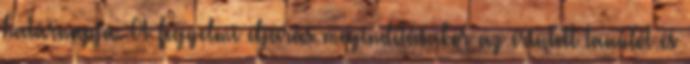
határnapja. A fegyelmi eljárás megindításakor az érintett tanulót és